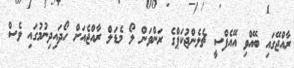
ރާއްޖޭގައި ބޭއްވި އޭއެފްސީ ޗެލެންޖުކަޕްގެ ރަންވަން ލޯ މެޑަލް ރާއްޖެއަށް ހޯދައިދިނުމުގައި ވެސް